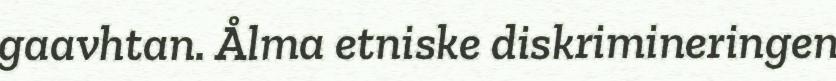
gaavhtan. Ålma etniske diskrimineringen